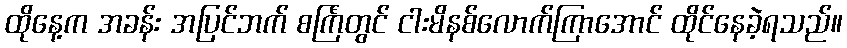
ထိုနေ့က အခန်း အပြင်ဘက် စင်္ကြံတွင် ငါးမိနစ်လောက်ကြာအောင် ထိုင်နေခဲ့ရသည်။